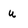
Character: u